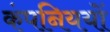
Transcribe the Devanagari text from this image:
कंपनिययों